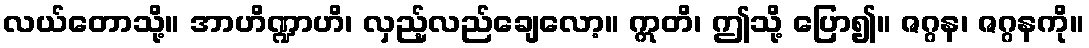
လယ်တောသို့။ အာဟိဏ္ဍာဟိ၊ လှည့်လည်ချေလော့။ ဣတိ၊ ဤသို့ ပြော၍။ ဇဂ္ဂန၊ ဇဂ္ဂနကို။